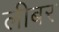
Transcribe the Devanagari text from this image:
लीबर